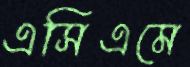
এসিএমে